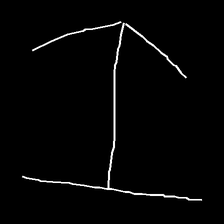
Glyph: levitation